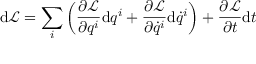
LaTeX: \mathrm { d } { \mathcal { L } } = \sum _ { i } \left( { \frac { \partial { \mathcal { L } } } { \partial q ^ { i } } } \mathrm { d } q ^ { i } + { \frac { \partial { \mathcal { L } } } { \partial { \dot { q } } ^ { i } } } \mathrm { d } { \dot { q } } ^ { i } \right) + { \frac { \partial { \mathcal { L } } } { \partial t } } \mathrm { d } t